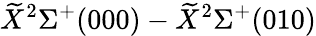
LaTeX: \widetilde{X}^{2}\Sigma^{+}(000)-\widetilde{X}^{2}\Sigma^{+}(010)